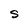
Character: S